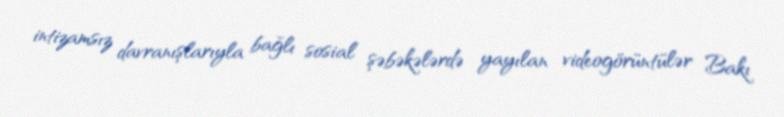
intizamsız davranışlarıyla bağlı sosial şəbəkələrdə yayılan videogörüntülər Bakı